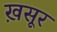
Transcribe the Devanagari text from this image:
ख़सूर